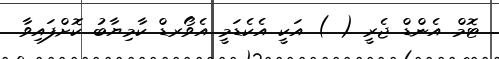
ޓޮމް އެންޑް ޖެރީ ( ) އަކީ އެކެޑަމީ އެވޯރޑް ކާމިޔާބު ކޮށްފައިވާ